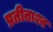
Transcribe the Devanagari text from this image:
प्रतीताश्व